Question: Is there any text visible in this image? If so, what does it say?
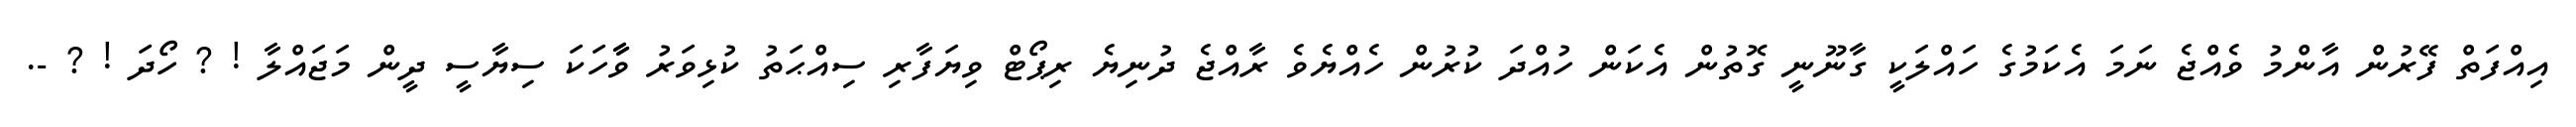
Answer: އިއްފަތް ފޭރުން އާންމު ވެއްޖެ ނަމަ އެކަމުގެ ހައްލަކީ ގާނޫނީ ގޮތުން އެކަން ހުއްދަ ކުރުން ހެއްޔެވެ ރާއްޖެ ދުނިޔެ ރިޕޯޓް ވިޔަފާރި ސިއްޙަތު ކުޅިވަރު ވާާހަކަ ސިޔާސީ ދީން މަޖައްލާ ! ? ހޯދަ ! ? -.